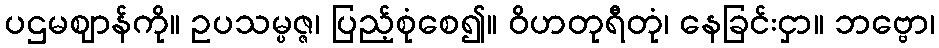
ပဌမဈာန်ကို။ ဥပသမ္ပဇ္ဇ၊ ပြည့်စုံစေ၍။ ဝိဟတုရီတုံ၊ နေခြင်းငှာ။ ဘဗ္ဗော၊